Civil Veterinary Department Bihar & Orissa reports 1929-36 - 1929-1936
Year: 1929
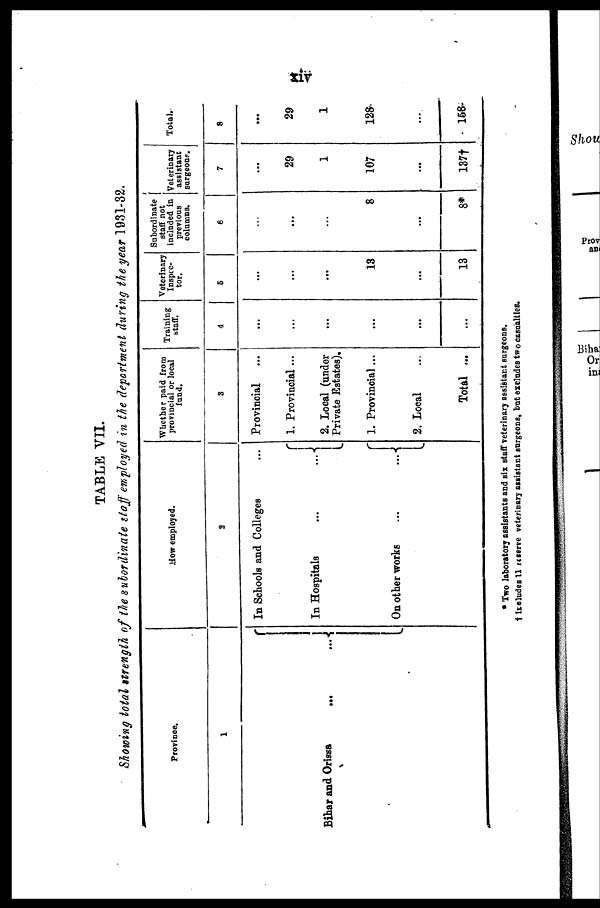
xiv
TABLE VII.
Showing total strength of the subordinate staff employed in the department during the year 1931-32.
Province.
1
Bihar and Orissa
...
...
How employed.
2
In Schools and Colleges ...
In Hospitals
...
...
On other works
...
...
Whether paid from
provincial or local
fund.
3
Provincial
1. Provincial ...
2. Local (under
Private Estates),
1. Provincial ...
2. Local
Total ...
Training
staff.
4
...
...
...
...
...
...
Veterinary
Inspec-
tor.
5
...
...
...
13
...
13
Subordinate
staff not
included in
previous
columns.
6
...
...
...
8
...
8*
Veterinary
assistant
surgeons.
7
...
29
1
107
...
137†
Total.
8
...
29
1
128
...
158
* Two laboratory assistants and six staff veterinary assistant surgeons.
† Includes 11 reserve veterinary assistant surgeons, but excludes two casualties.